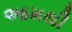
આમથી